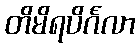
တိမိရပိင်္ဂလာ